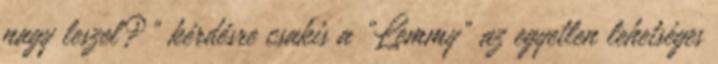
nagy leszel?” kérdésre csakis a „Lemmy” az egyetlen lehetséges